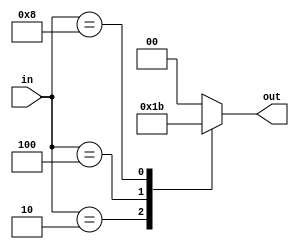
module	encoder_4to2(
	in,
	out
	);
	input	[4-1:0]	in;
	output	[2-1:0]	out;

	reg		[2-1:0]	result;

	assign 	out	= result;

	always @ (*) begin
		case(in)
		4'b0001:	result <= 2'b00;
		4'b0010:	result <= 2'b01;
		4'b0100:	result <= 2'b10;
		4'b1000:	result <= 2'b11;
		default:	result <= 2'b00;
		endcase
	end

endmodule